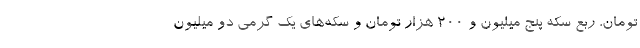
تومان، ربع سکه پنج میلیون و ۲۰۰ هزار تومان و سکه‌های یک گرمی دو میلیون